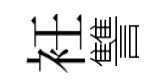
衽讐